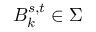
B _ { k } ^ { s , t } \in \Sigma